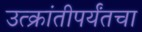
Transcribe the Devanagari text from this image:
उत्क्रांतीपर्यंतचा